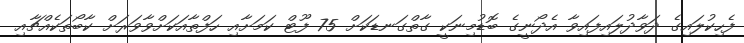
ފެހިކުލައިގެ ދަވާދުލައިފައިވާ އެދޯނީގެ ބޮޑުމިނަކީ ގާތްގަނޑަކަށް 75 ފޫޓް ކަމަށާއި ހަފްތާއަކަށްވާވަރަށް ކާބޯތަކެއްޗާއި